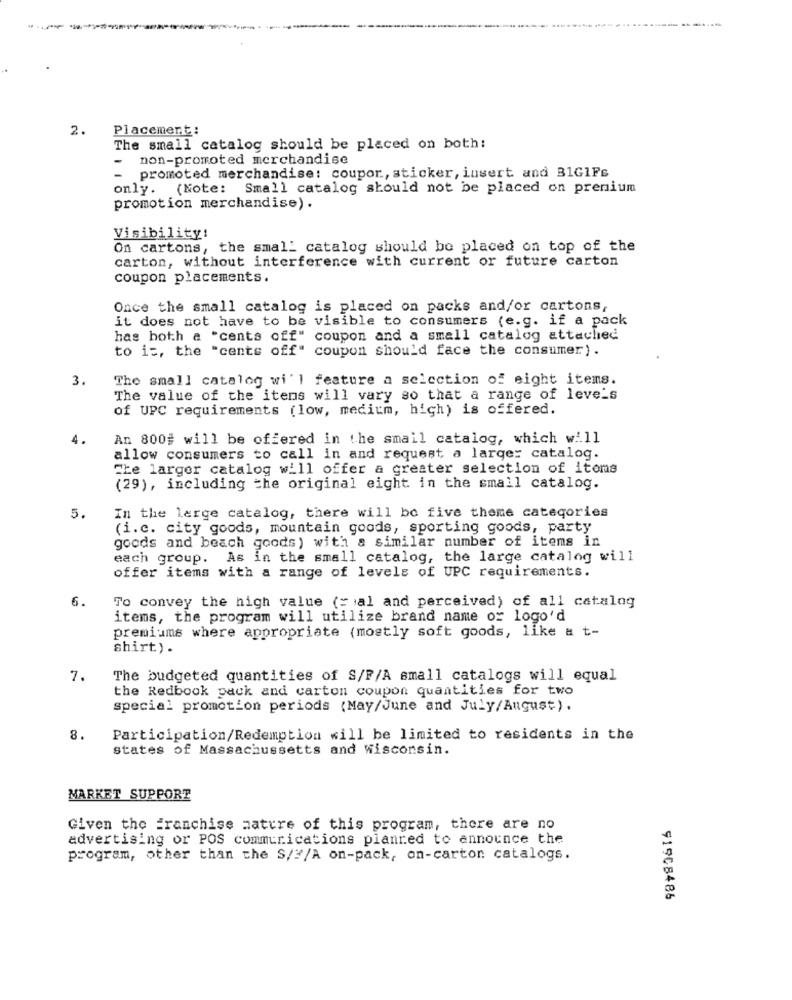
------
2.
Placement:
The small catalog should be placed on both:
-
non-promoted merchandise
promoted merchandise: coupor, sticker, insert and B1G1Fs
only. (Note: Small catalog should not be placed on premium
promotion merchandise).
Visibility!
On cartons, the small catalog should be placed on top of the
carton, without interference with current or future carton
coupon placements.
Once the small catalog is placed on packs and/or cartons,
it does not have to be visible to consumers (e.g. if a pack
has both a "cents off" coupon and a small catalog attached
to is, the "cents off" coupon should face the consumer).
3.
The small catalog wi'l feature a selection of eight items.
The value of the itens will vary so that a range of leve's
of UPC requirements (low, medium, high) is offered.
4.
An 800# will be offered in the small catalog, which will
allow consumers to call in and request a large: catalog.
Che larger catalog will offer a greater selection of items
(29), including the original eight in the small catalog.
5.
In the large catalog, there will be five theme categories
(i.c. city goods, mountain goods, sporting goods, party
goods and beach goods) with a similar number of items in
each group.
As in the small catalog, the large catalog will
offer items with a range of levels of UPC requirements.
6.
To convey the high value (= al and perceived) of all catalog
items, the program will utilize brand name or logo'd
premiums where appropriate (mostly soft goods, like a t-
shirt).
7.
The budgeted quantities of S/F/A small catalogs will equal
the Redbook pack and carton coupon quantities for two
special promotion periods (May/June and July/August).
8.
Participation/Redemption will be limited to residents in the
states of Massachussetts and Wisconsin.
MARKET SUPPORT
Given the Franchise nature of this program, there are no
advertising or POS communications planned to announce the
program, other than the S/ /A on-pack, on-carton catalogs.
91908486